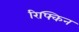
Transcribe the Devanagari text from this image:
रिफ्किन